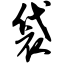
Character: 袋